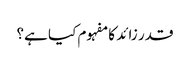
قدر زائد کا مفہوم کیا ہے؟